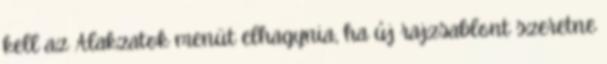
kell az Alakzatok menüt elhagynia, ha új rajzsablont szeretne